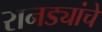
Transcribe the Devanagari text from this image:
रानड्यांचे